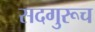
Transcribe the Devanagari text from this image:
सदगुरूच